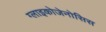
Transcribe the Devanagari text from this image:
ग्लाइकोजेनोसिस